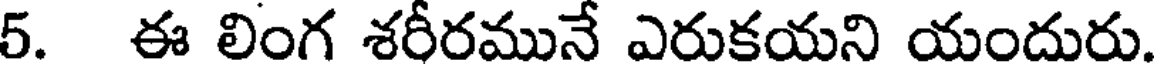
5. ఈ లింగ శరీరమునే ఎరుకయని యందురు.